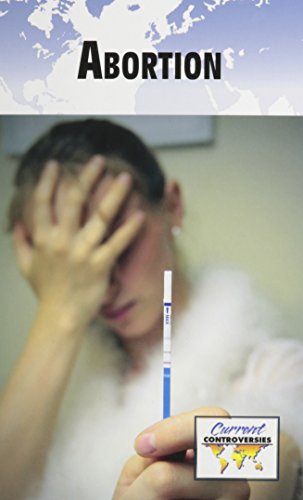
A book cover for Abortion (Current Controversies); Tamara Thompson; Teen & Young Adult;